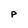
Character: p